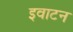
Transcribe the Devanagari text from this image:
इवाटन